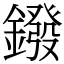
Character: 鏺